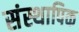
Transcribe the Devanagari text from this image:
संस्थापिक